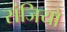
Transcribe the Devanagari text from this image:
संजियो